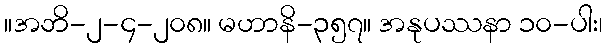
။အဘိ-၂-၄-၂၀၈။ မဟာနိ-၃၅၇။ အနုပဿနာ ၁၀-ပါး၊